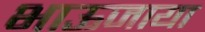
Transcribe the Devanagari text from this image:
भाऊजाया